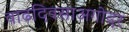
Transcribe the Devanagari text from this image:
वाढदिवसाअगोदर